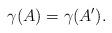
LaTeX: \begin{align*} \gamma(A)=\gamma(A'). \end{align*}